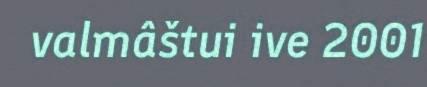
valmâštui ive 2001